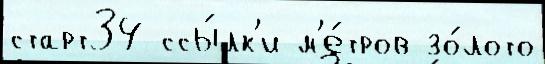
старт34 ссы́лк'и м'е́тров зо́лото